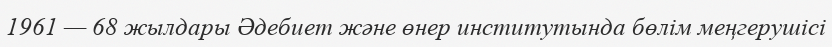
1961 — 68 жылдары Әдебиет және өнер институтында бөлім меңгерушісі